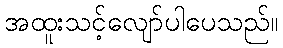
အထူးသင့်လျော်ပါပေသည်။